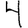
Digit: 4